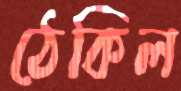
ঠেকিল